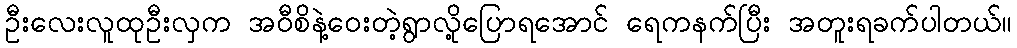
ဦးလေးလူထုဦးလှက အဝီစိနဲ့ဝေးတဲ့ရွာလို့ပြောရအောင် ရေကနက်ပြီး အတူးရခက်ပါတယ်။